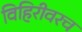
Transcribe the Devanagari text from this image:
विहिरीवरच